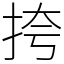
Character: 挎